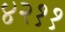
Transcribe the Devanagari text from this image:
४२११